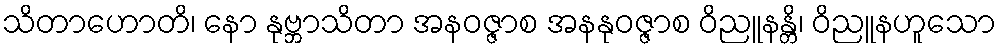
သိတာဟောတိ၊ နော နုဗ္ဘာသိတာ အနဝဇ္ဇာစ အနနုဝဇ္ဇာစ ဝိညူနန္တိ၊ ဝိညူနဟူသော